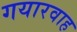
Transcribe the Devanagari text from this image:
गयारवाह